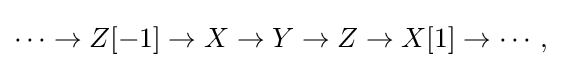
\cdots \to Z[-1]\to X\to Y\to Z\to X[1]\to \cdots ,\